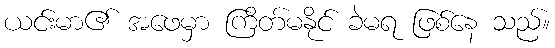
ယင်းမာ၏ အဖေမှာ ကြိတ်မနိုင် ခဲမရ ဖြစ်နေ သည်။